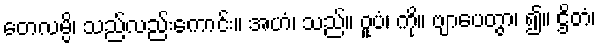
တေလမ္ပိ၊ သည်လည်းကောင်း။ အဟံ၊ သည်။ ဝူပံ၊ ကို။ ဗျာပေတွာ၊ ၍။ ဌိတံ၊